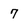
Character: 7